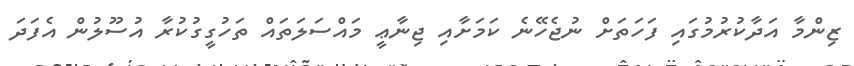
ޒިންމާ އަދާކުރުމުގައި ފަހަތަށް ނުޖެހޭނެ ކަމަށާއި ޖިނާޢީ މައްސަލަތައް ތަހުގީގުކުރާ އުސޫލުން އެފަދަ